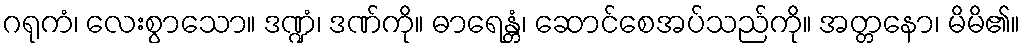
ဂရုကံ၊ လေးစွာသော။ ဒဏ္ဍံ၊ ဒဏ်ကို။ ဓာရေန္တံ၊ ဆောင်စေအပ်သည်ကို။ အတ္တနော၊ မိမိ၏။